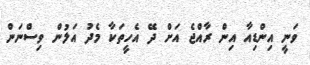
ވަނީ އިންޑިއާ އިން ރާއްޖެ އަށް ދޭ އެހީތަކާ މެދު އަލުން ވިސްނަން